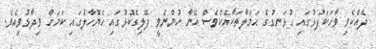
ދެއްކެވި ވާހަކަފުޅުގައި ހުޅަނގުގެ ޙަމަލާތަކާއެކުވެސް އޭނާ ހުންނެވީ ފޭލިގެކޮޅުގައި ހެޔޮހާލުގައި ކަމަށް ވިދާޅުވިއެވެ.